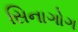
સિનાગોગ